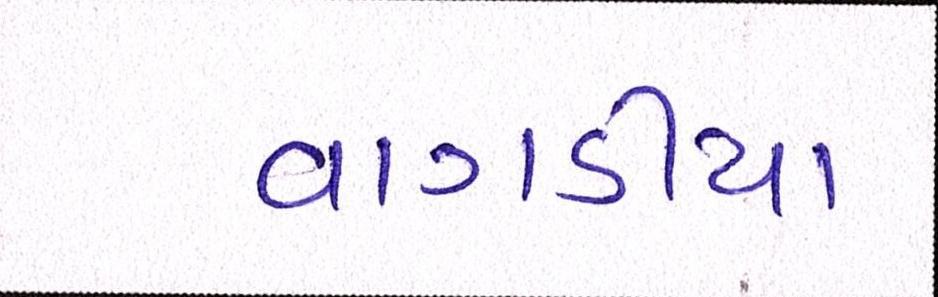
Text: વાગડીયા